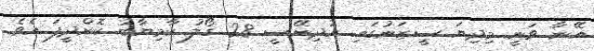
އޭނާ ވަނީ މިދިޔަ ސީޒަނުގައި އުދިނޭސީ 28 ގޯލު ކާމިޔާބު ކޮށްދީފަ އެވެ.